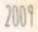
2009